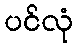
ပင်လုံ